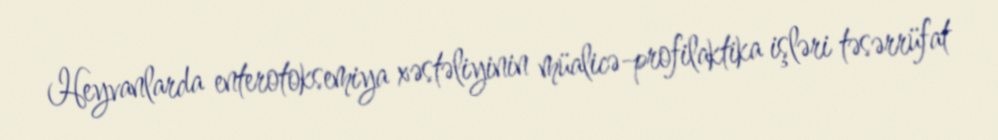
Heyvanlarda enterotoksemiya xəstəliyinin müalicə-profilaktika işləri təsərrüfat